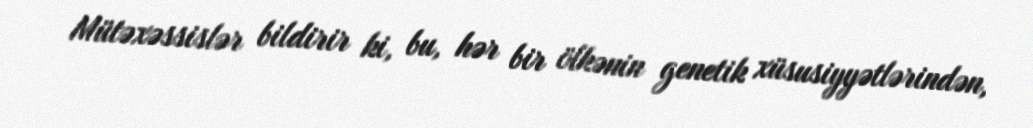
Mütəxəssislər bildirir ki, bu, hər bir ölkənin genetik xüsusiyyətlərindən,